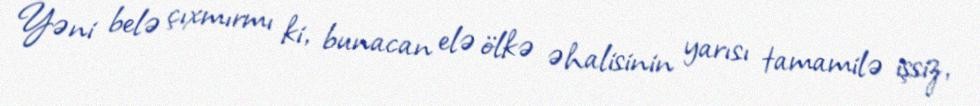
Yəni belə çıxmırmı ki, bunacan elə ölkə əhalisinin yarısı tamamilə işsiz,